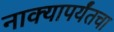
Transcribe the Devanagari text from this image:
नाक्‍यापर्यंतचा